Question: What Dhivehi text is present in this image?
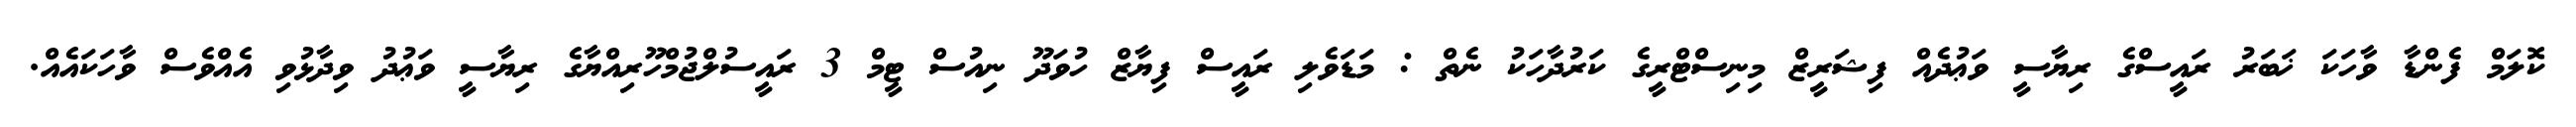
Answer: ކޮލަމް ފެންޑާ ވާހަކަ ޚަބަރު ރައީސްގެ ރިޔާސީ ވަޢުދެއް ފިޝަރީޒް މިނިސްޓްރީގެ ކަރުދާހަކު ނެތް : މަޑަވެލި ރައީސް ފިޔާޒް ހުވަދޫ ނިއުސް ޓީމް 3 ރައީސުލްޖުމްހޫރިއްޔާގެ ރިޔާސީ ވަޢުދު ވިދާޅުވި އެއްވެސް ވާހަކައެއް.